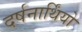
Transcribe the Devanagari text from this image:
दर्षनार्थिंयो